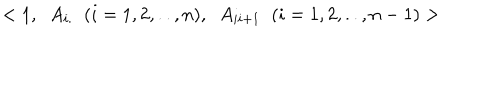
LaTeX: < 1 , \; \; A _ { i . } \; \; ( i = 1 , 2 , . . , n ) , \; \; A _ { i i + 1 } \; \; ( i = 1 , 2 , . . , n - 1 ) >